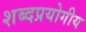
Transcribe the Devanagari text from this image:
शब्दप्रयोगीय